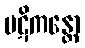
ပဋိကန္တော